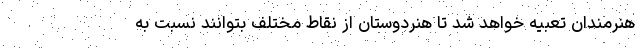
هنرمندان تعبیه خواهد شد تا هنردوستان از نقاط مختلف بتوانند نسبت به